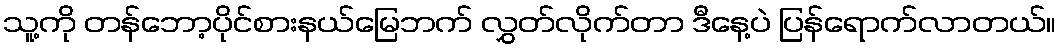
သူ့ကို တန်ဘော့ပိုင်စားနယ်မြေဘက် လွှတ်လိုက်တာ ဒီနေ့ပဲ ပြန်ရောက်လာတယ်။